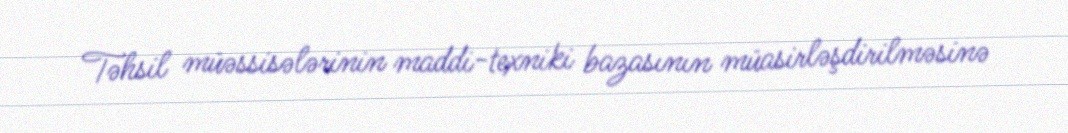
Təhsil müəssisələrinin maddi-texniki bazasının müasirləşdirilməsinə